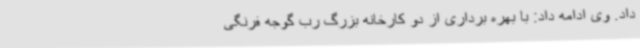
داد. وی ادامه داد: با بهره برداری از دو کارخانه بزرگ رب گوجه فرنگی